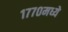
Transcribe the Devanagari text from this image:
१७७०मध्ये